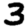
Digit: 3